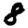
Digit: 8